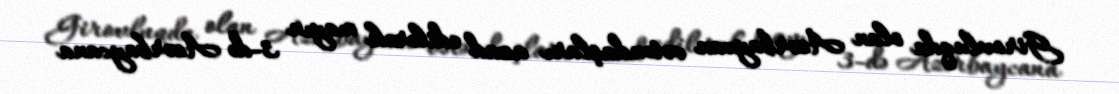
Girovluqda olan Azərbaycan vətəndaşları azad edilərək mayın 3-də Azərbaycana